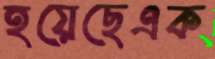
হয়েছেএক